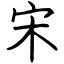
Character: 宋